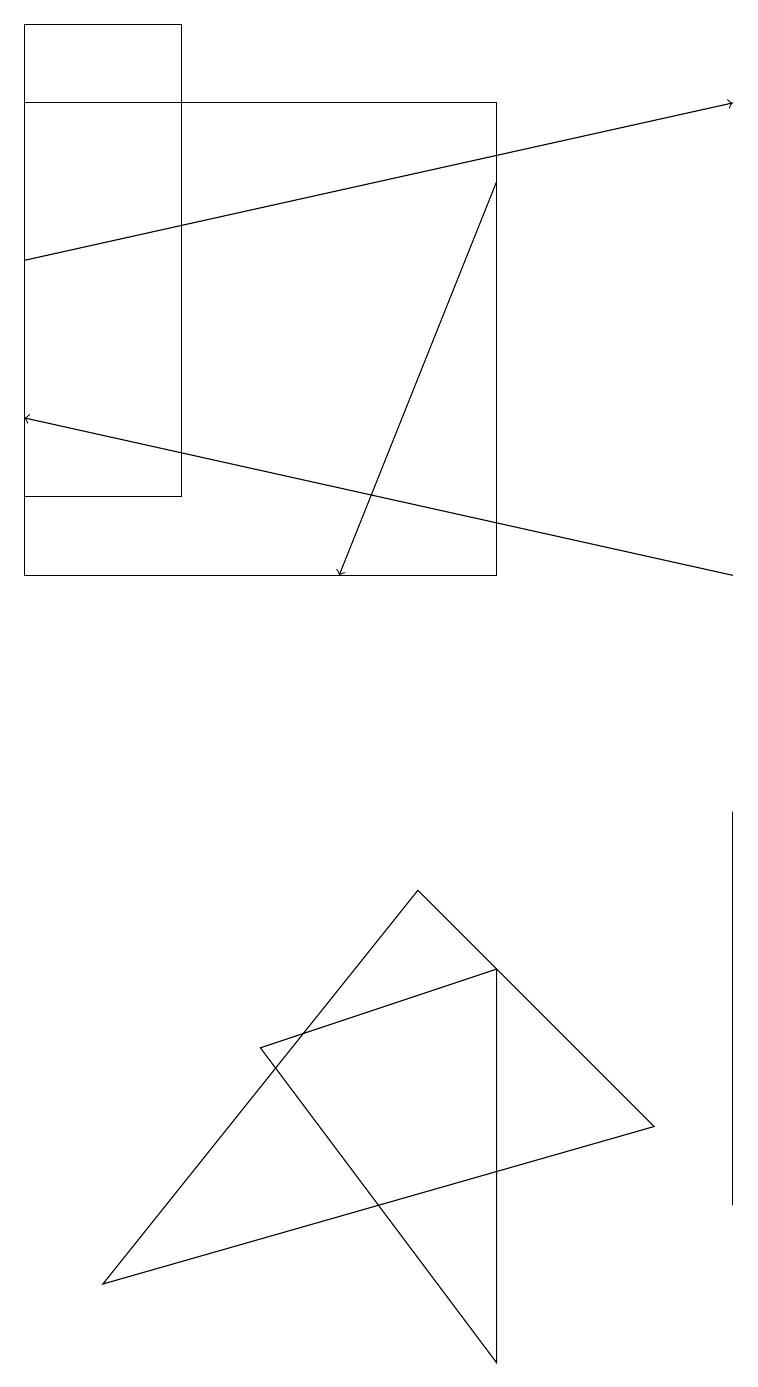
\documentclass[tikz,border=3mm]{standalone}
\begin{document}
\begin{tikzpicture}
\draw (5,6) -- (8,3) -- (1,1) -- cycle;
\draw[->] (9,10) -- (0,12);
\draw (6,5) -- (3,4) -- (6,0) -- cycle;
\draw (2,11) rectangle (0,17);
\draw (9,6) -- (9,2) -- (9,7) -- cycle;
\draw[->] (6,15) -- (4,10);
\draw[->] (0,14) -- (9,16);
\draw (6,16) rectangle (0,10);
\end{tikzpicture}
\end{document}